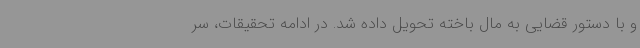
و با دستور قضایی به مال باخته تحویل داده شد. در ادامه تحقیقات، سر